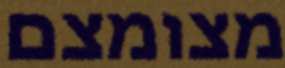
מצומצם